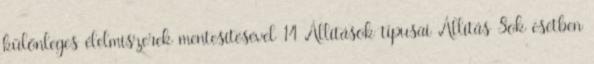
különleges élelmiszerek mentesítésével 14 Állítások típusai Állítás Sok esetben